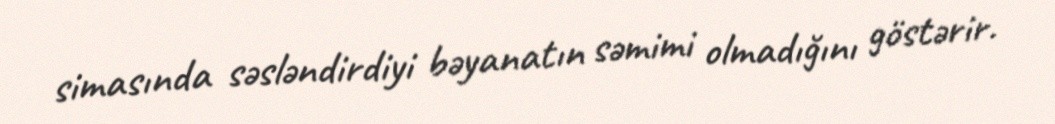
simasında səsləndirdiyi bəyanatın səmimi olmadığını göstərir.